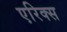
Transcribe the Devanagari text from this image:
एरिक्स